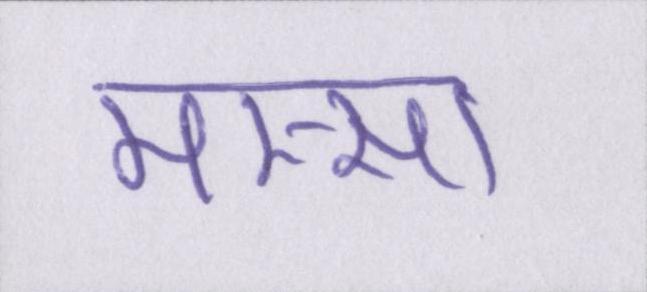
मस्सा